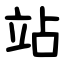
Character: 站